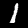
Label: 1